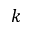
k